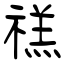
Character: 禚